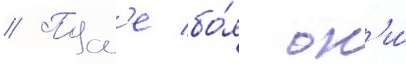
// Посл'е бо́я он'и́